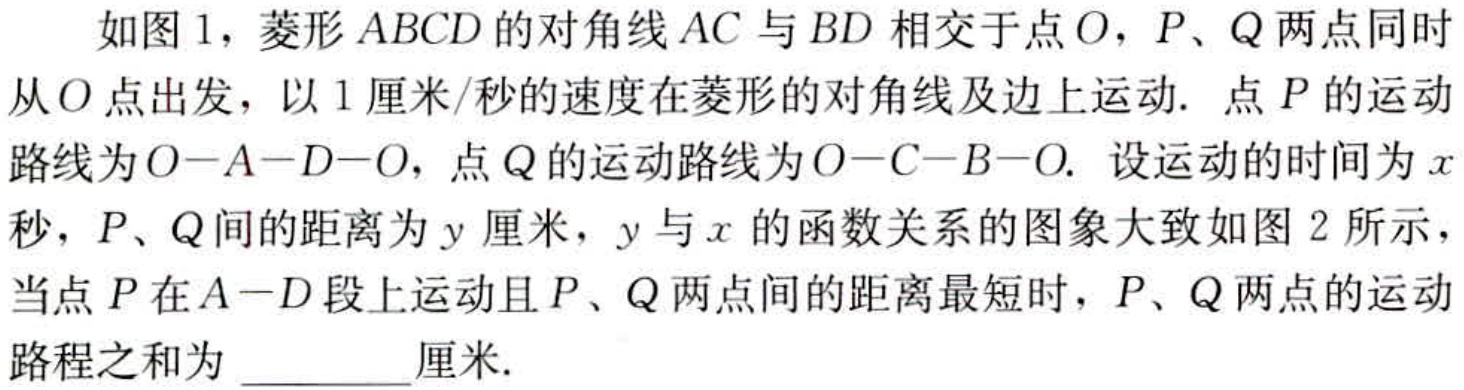
如图1，菱形 \(ABCD\) 的对角线 \(AC\) 与 \(BD\) 相交于点 \(O\)，\(P\)、\(Q\) 两点同时从 \(O\) 点出发，以 \(1\) 厘米/秒的速度在菱形的对角线及边上运动. 点 \(P\) 的运动路线为 \(O - A - D - O\)，点 \(Q\) 的运动路线为 \(O - C - B - O\). 设运动的时间为 \(x\) 秒，\(P\)、\(Q\) 间的距离为 \(y\) 厘米，\(y\) 与 \(x\) 的函数关系的图象大致如图2所示，当点 \(P\) 在 \(A - D\) 段上运动且 \(P\)、\(Q\) 两点间的距离最短时，\(P\)、\(Q\) 两点的运动路程之和为 \_\_\_\_\_ 厘米.